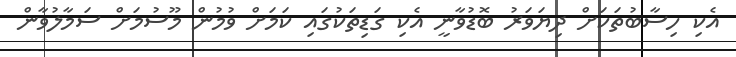
އެކި ހިސާބުތަކަށް ދިޔަވަރު ބޮޑުވާނީ އެކި ގަޑިތަކުގައި ކަމަށް ވުމުން މޫސުމަށް ސަމާލުވާން